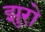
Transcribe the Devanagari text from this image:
झुरो